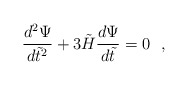
\begin{align*}{d^2\Psi \over d\tilde t^2}+3\tilde H{d\Psi \over d\tilde t}=0 \ \ ,\end{align*}